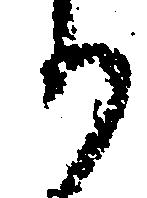
り